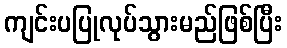
ကျင်းပပြုလုပ်သွားမည်ဖြစ်ပြီး